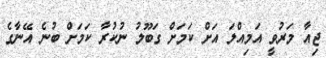
ޖިއާ މަރުވީ އަމިއްލަ އަށް ކަމަށް ގަބޫލު ނުކުރާ ކަމަށް ބުނެ އޭނާގެ